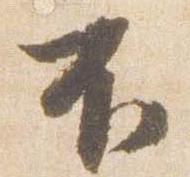
不